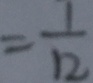
= \frac { 1 } { 1 2 }